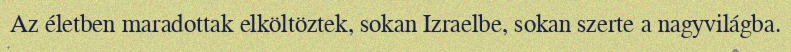
Az életben maradottak elköltöztek, sokan Izraelbe, sokan szerte a nagyvilágba.